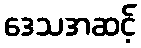
ဒေသအဆင့်